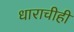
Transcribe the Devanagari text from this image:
धाराचीही